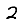
Digit: 2